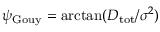
\psi _ { \mathrm { G o u y } } = \arctan ( D _ { \mathrm { t o t } } / \sigma ^ { 2 } )